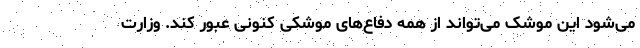
می‌شود این موشک می‌تواند از همه دفاع‌های موشکی کنونی عبور کند. وزارت